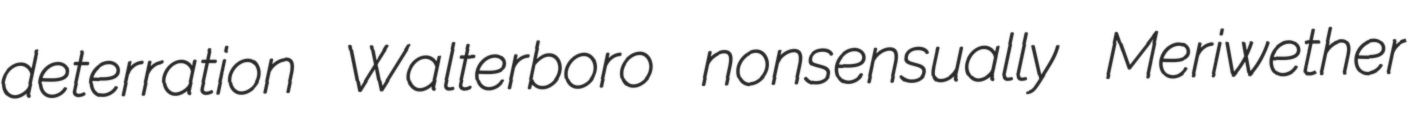
deterration Walterboro nonsensually Meriwether